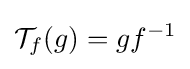
{\mathcal {T}}_{f}(g)=gf^{-1}